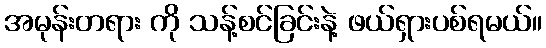
အမုန်းတရား ကို သန့်စင်ခြင်းနဲ့ ဖယ်ရှားပစ်ရမယ်။